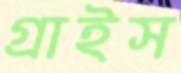
গ্রাইস